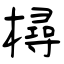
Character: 樳